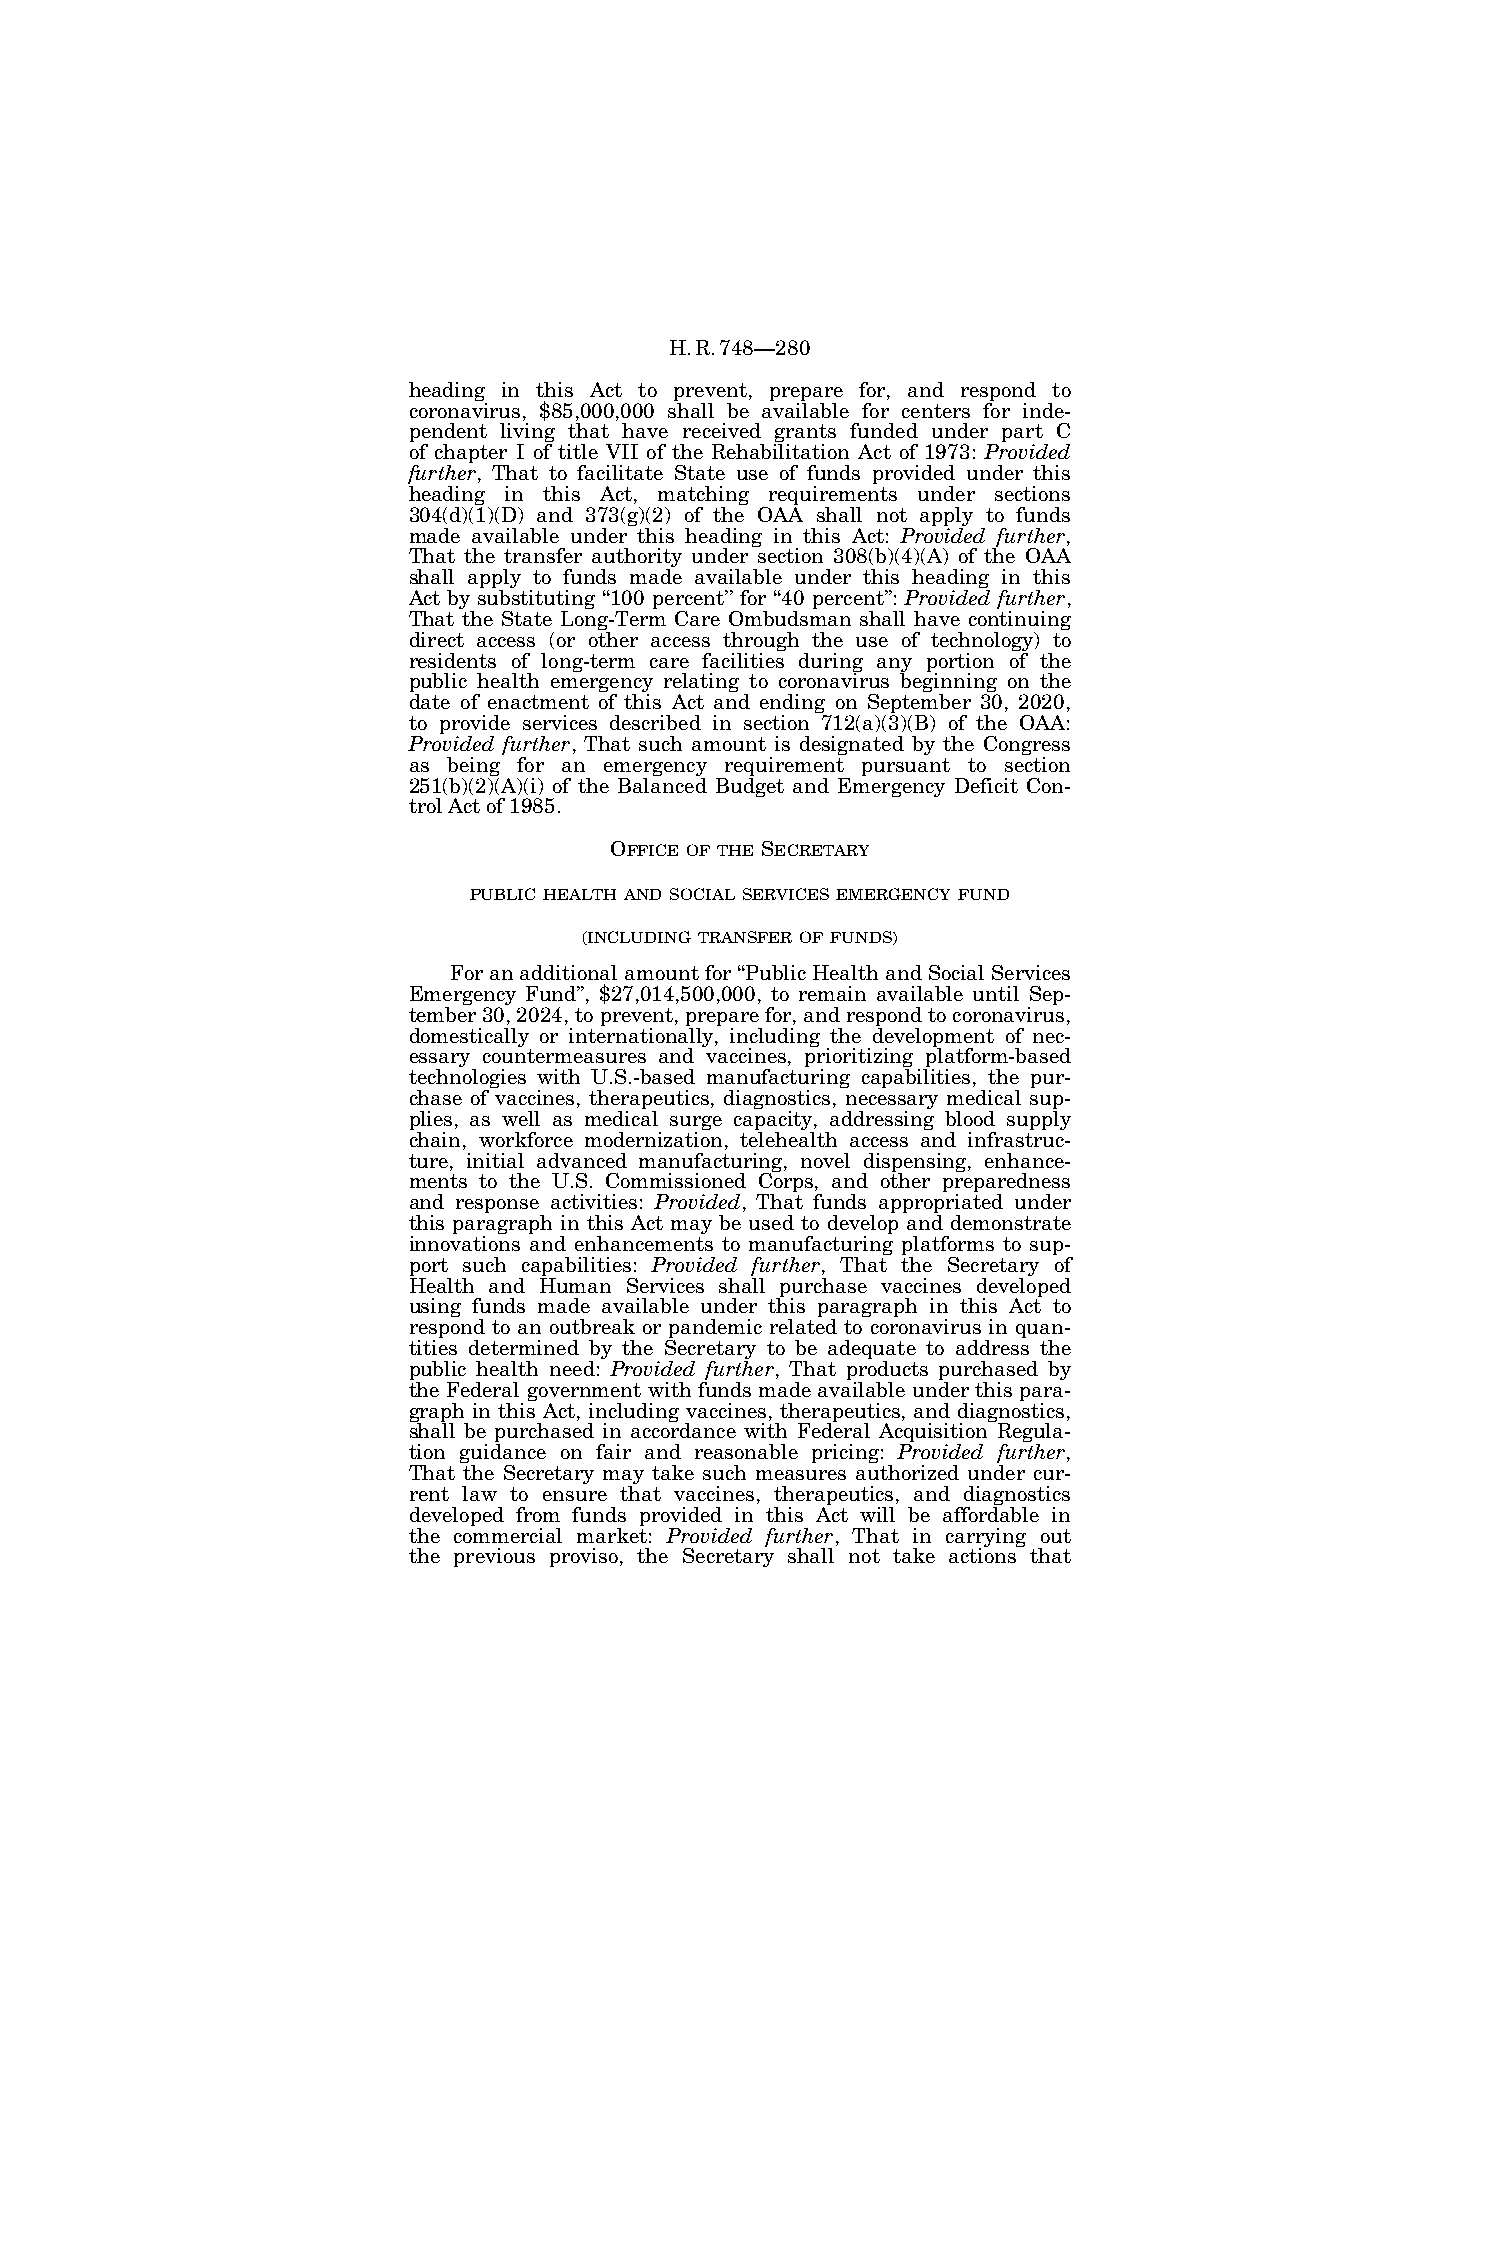
H.R.748—280
 heading in this Act to prevent, prepare for, and respond to
 coronavirus, $85,000,000 shall be available for centers for inde-
 pendent living that have received grants funded under part C
 of chapter I of title VII of the Rehabilitation Act of 1973: Provided
 further, That to facilitate State use of funds provided under this
 heading in this Act, matching requirements under sections
 304(d)(1)(D) and 373(g)(2) of the OAA shall not apply to funds
 made available under this heading in this Act: Provided further,
 That the transfer authority under section 308(b)(4)(A) of the OAA
 shall apply to funds made available under this heading in this
 Act by substituting ‘‘100 percent’’ for ‘‘40 percent’’: Provided further,
 That the State Long-Term Care Ombudsman shall have continuing
 direct access (or other access through the use of technology) to
 residents of long-term care facilities during any portion of the
 public health emergency relating to coronavirus beginning on the
 date of enactment of this Act and ending on September 30, 2020,
 to provide services described in section 712(a)(3)(B) of the OAA:
 Provided further, That such amount is designated by the Congress
 as being for an emergency requirement pursuant to section
 251(b)(2)(A)(i) of the Balanced Budget and Emergency Deficit Con-
 trol Act of 1985.
 OFFICE OF THE SECRETARY
 PUBLIC HEALTH AND SOCIAL SERVICES EMERGENCY FUND
 (INCLUDING TRANSFER OF FUNDS)
 For an additional amount for ‘‘Public Health and Social Services
 Emergency Fund’’, $27,014,500,000, to remain available until Sep-
 tember 30, 2024, to prevent, prepare for, and respond to coronavirus,
 domestically or internationally, including the development of nec-
 essary countermeasures and vaccines, prioritizing platform-based
 technologies with U.S.-based manufacturing capabilities, the pur-
 chase of vaccines, therapeutics, diagnostics, necessary medical sup-
 plies, as well as medical surge capacity, addressing blood supply
 chain, workforce modernization, telehealth access and infrastruc-
 ture, initial advanced manufacturing, novel dispensing, enhance-
 ments to the U.S. Commissioned Corps, and other preparedness
 and response activities: Provided, That funds appropriated under
 this paragraph in this Act may be used to develop and demonstrate
 innovations and enhancements to manufacturing platforms to sup-
 port such capabilities: Provided further, That the Secretary of
 Health and Human Services shall purchase vaccines developed
 using funds made available under this paragraph in this Act to
 respond to an outbreak or pandemic related to coronavirus in quan-
 tities determined by the Secretary to be adequate to address the
 public health need: Provided further, That products purchased by
 the Federal government with funds made available under this para-
 graph in this Act, including vaccines, therapeutics, and diagnostics,
 shall be purchased in accordance with Federal Acquisition Regula-
 tion guidance on fair and reasonable pricing: Provided further,
 That the Secretary may take such measures authorized under cur-
 rent law to ensure that vaccines, therapeutics, and diagnostics
 developed from funds provided in this Act will be affordable in
 the commercial market: Provided further, That in carrying out
 the previous proviso, the Secretary shall not take actions that